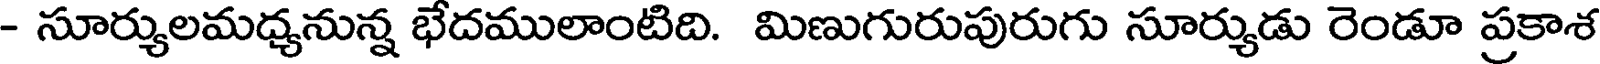
- సూర్యులమధ్యనున్న భేదములాంటిది. మిణుగురుపురుగు సూర్యుడు రెండూ ప్రకాశ